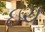
ઇચ